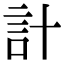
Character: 計